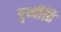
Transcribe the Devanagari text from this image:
पृथ्वीति